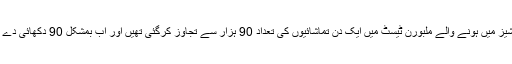
گزشتہ ایشیز میں ہونے والے ملبورن ٹیسٹ میں ایک دن تماشائیوں کی تعداد 90 ہزار سے تجاوز کرگئی تھیں اور اب بمشکل 90 دکھائی دے رہی ہے۔